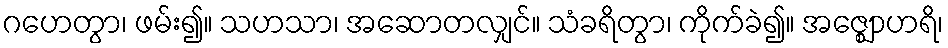
ဂဟေတွာ၊ ဖမ်း၍။ သဟသာ၊ အဆောတလျှင်။ သံခရိတွာ၊ ကိုက်ခဲ၍။ အဇ္ဈောဟရိ၊